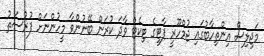
މަޖިލިސް އިންތިހާބުގައި ޖުމްހޫރީ ޕާޓީގެ ޓިކެޓް ވާދަ ކުރަން ބޭނުންވާ މީހުންނަށް ފުރުސަތު